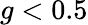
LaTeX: g<0.5